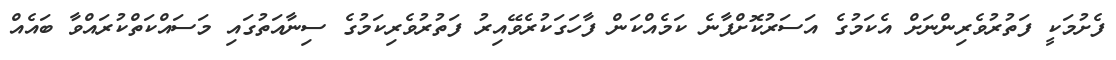
ފެށުމަކީ ފަތުރުވެރިންނަށް އެކަމުގެ އަސަރުކޮށްފާނެ ކަމެއްކަން ފާހަގަކުރެވޭއިރު ފަތުރުވެރިކަމުގެ ސިނާއަތުގައި މަސައްކަތްކުރައްވާ ބައެއް